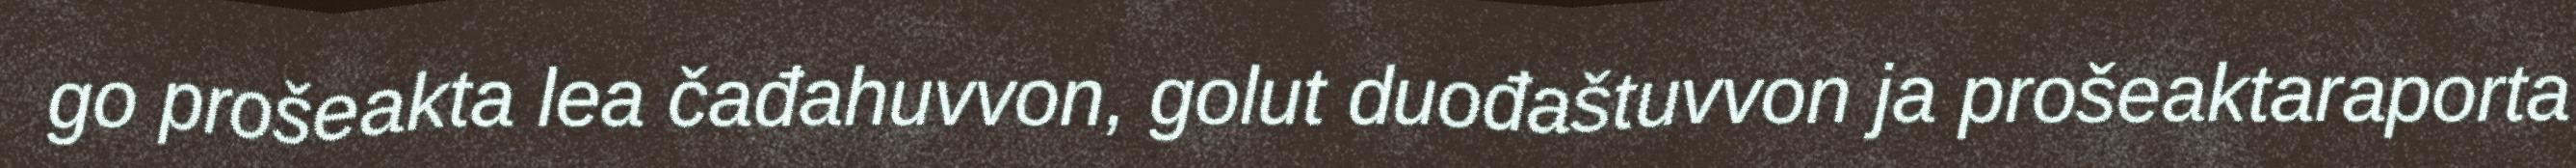
go prošeakta lea čađahuvvon, golut duođaštuvvon ja prošeaktaraporta